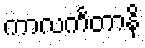
ကာလင်္ကတာနိ